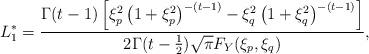
LaTeX: \begin{align*} L_{1}^{\ast}=\frac{\Gamma(t-1)\left[\xi_{p}^{2}\left(1+\xi_{p}^{2}\right)^{-(t-1)}-\xi_{q}^{2}\left(1+\xi_{q}^{2}\right)^{-(t-1)}\right]}{2\Gamma(t-\frac{1}{2})\sqrt{\pi}F_{Y}(\xi_{p},\xi_{q})},\end{align*}